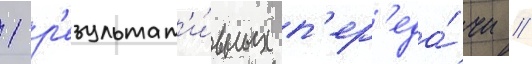
1 р'езультат'и́вных п'ер'еда́чи //